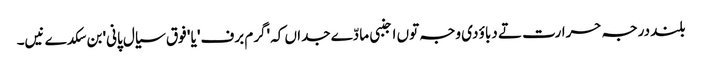
بلند درجہ حرارت تے دباؤ دی وجہ تو‏ں اجنبی مادّے جداں کہ 'گرم برف' یا ' فوق سیال پانی' بن سکدے نیں۔